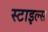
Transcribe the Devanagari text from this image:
स्‍टाइल्‍स